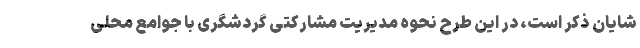
شایان ذکر است، در این طرح نحوه مدیریت مشارکتی گردشگری با جوامع محلی